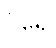
ပိရေ